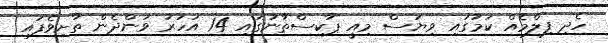
ހެދި ފިލްމެއް ކަމުގައި ވިޔަސް މިއީ ޕާކިސްތާނުގައި 14 އަހަރު ވަންދެން ތާށިވެފައި